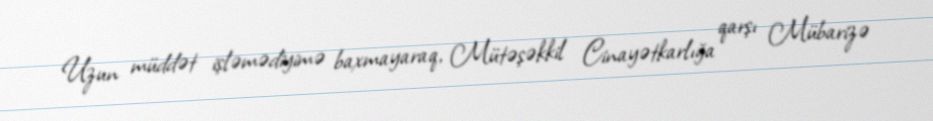
Uzun müddət işləmədiyimə baxmayaraq, Mütəşəkkil Cinayətkarlığa qarşı Mübarizə